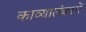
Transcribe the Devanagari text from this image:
काव्यालंकारों